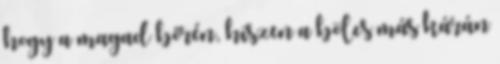
hogy a magad bőrén, hiszen a bölcs más kárán